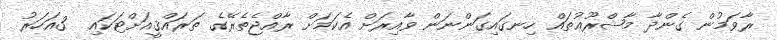
ރާވަމުން ގެންދާ މާޝްރޫޢުތައް ހިނގައިގަންނަން ވާއިރަށް އެކަމަށް ރާއްޖެތެރޭގެ ތަރައްޤީއަށްޓަކައި  3އަހަރު